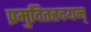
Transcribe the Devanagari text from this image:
प्रमुदितहृदयन्